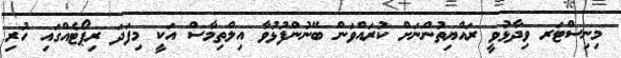
މިނިސްޓަރ ވިދާޅުވީ ރައްޔިތުންނަށް ކުރައްވަން ބޭނުންފުޅުވާ އިލްތިމާސް އަކީ މިފަދަ ރިޕޯޓެއްގައި ހުރި